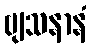
ဗျသနာနံ